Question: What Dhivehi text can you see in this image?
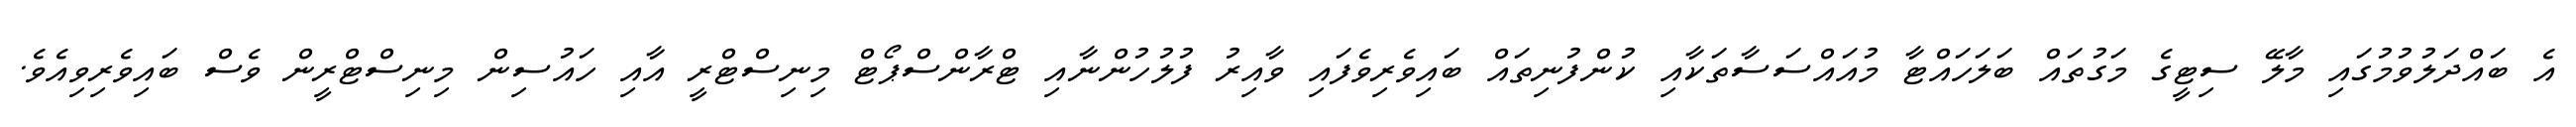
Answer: އެ ބައްދަލުވުމުގައި މާލޭ ސިޓީގެ މަގުތައް ބަލަހައްޓާ މުއައްސަސާތަކާއި ކުންފުނިތައް ބައިވެރިވެފައި ވާއިރު ފުލުހުންނާއި ޓްރާންސްޕޯޓް މިނިސްޓްރީ އާއި ހައުސިން މިނިސްޓްރީން ވެސް ބައިވެރިވިއެވެ.